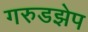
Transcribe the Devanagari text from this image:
गरुडझेप